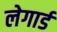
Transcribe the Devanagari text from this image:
लेगार्ड